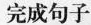
完成句子